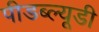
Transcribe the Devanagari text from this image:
पीडब्‍ल्‍यूडी